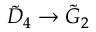
{ \tilde { D } } _ { 4 } \to { \tilde { G } } _ { 2 }